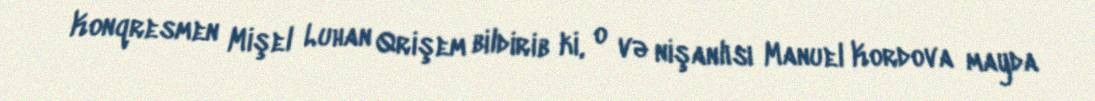
Konqresmen Mişel Luhan Qrişem bildirib ki, o və nişanlısı Manuel Kordova mayda